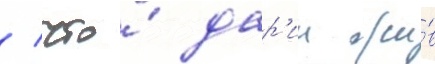
/ что́ дар'ии жи́в